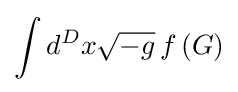
\int d^{D}x{\sqrt {-g}}\,f\left(G\right)